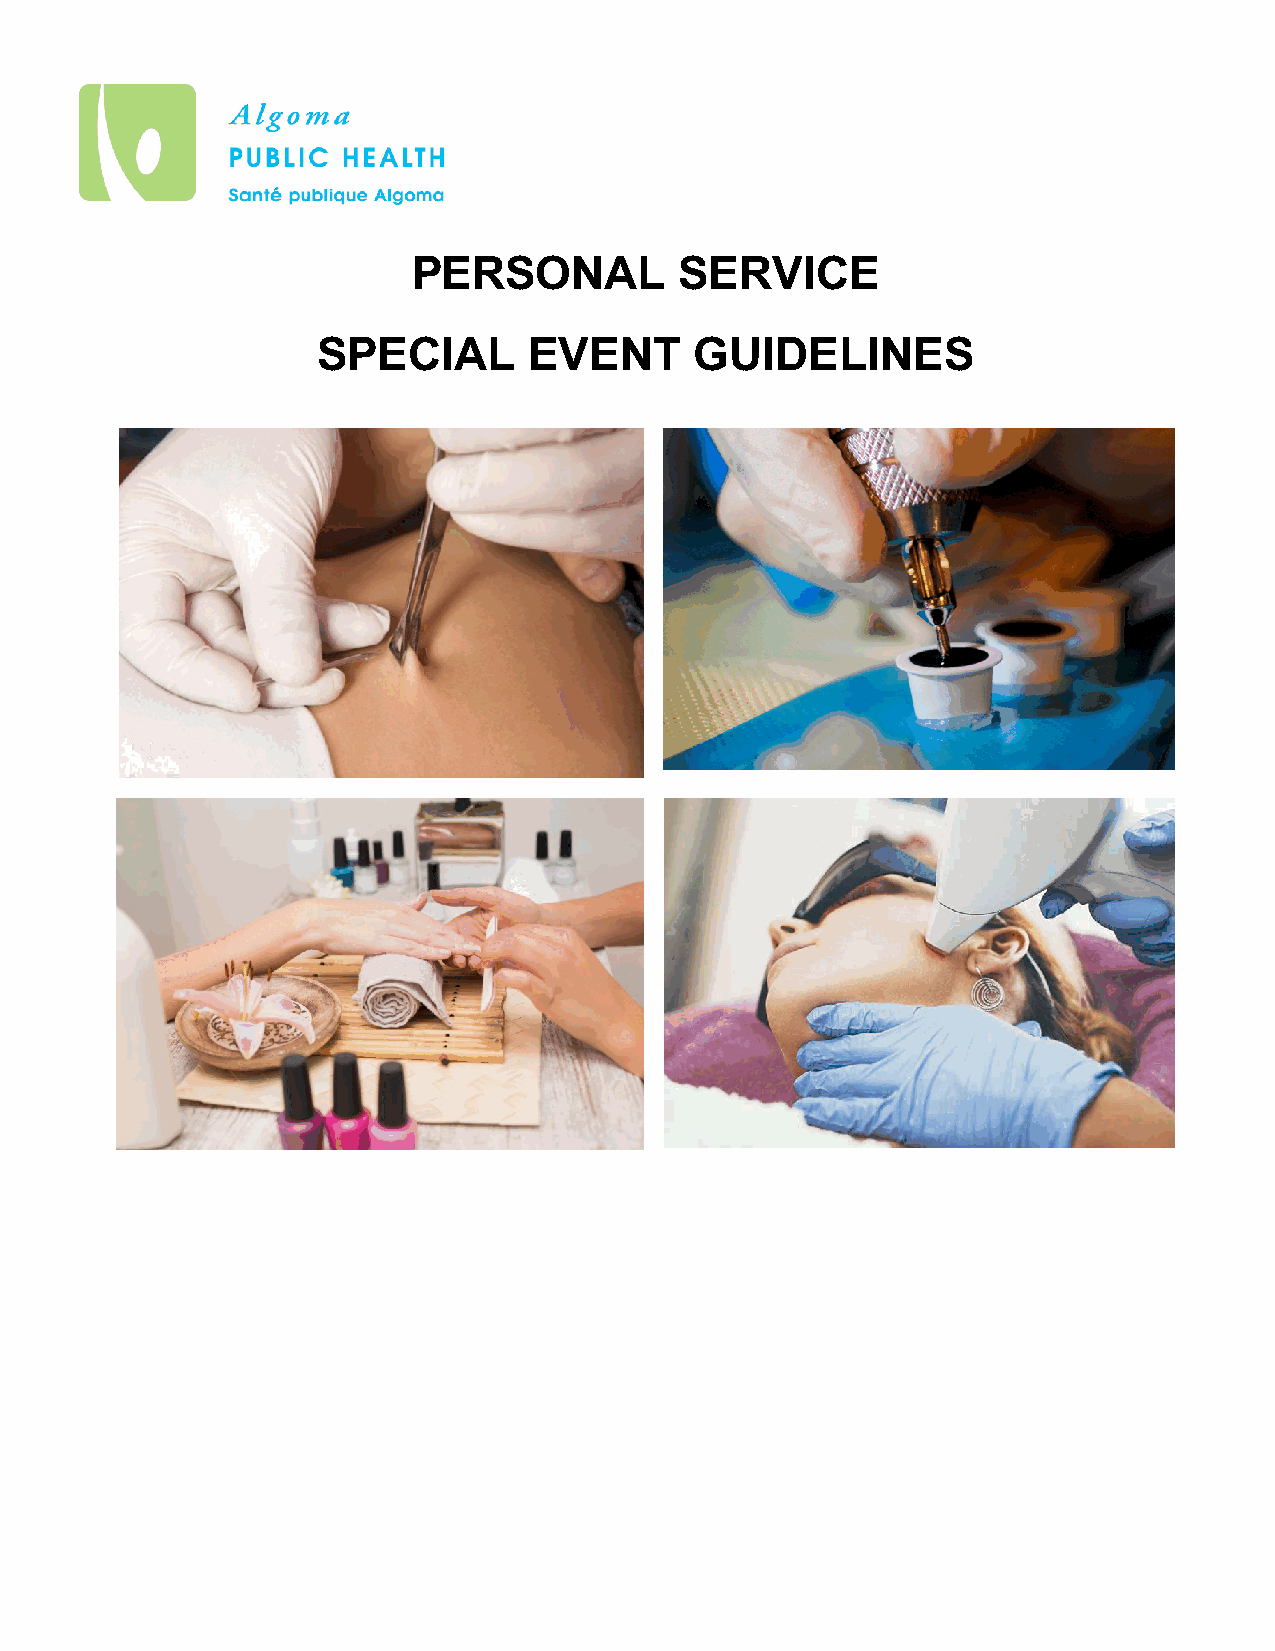
PERSONAL          SERVICE
 SPECIAL       EVENT      GUIDELINES